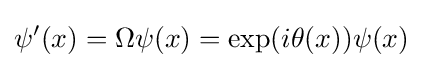
\psi '(x)=\Omega \psi (x)=\exp(i\theta (x))\psi (x)